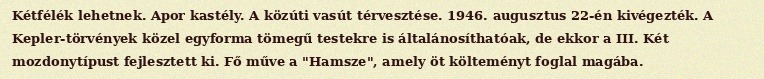
Kétfélék lehetnek. Apor kastély. A közúti vasút térvesztése. 1946. augusztus 22-én kivégezték. A Kepler-törvények közel egyforma tömegű testekre is általánosíthatóak, de ekkor a III. Két mozdonytípust fejlesztett ki. Fő műve a "Hamsze", amely öt költeményt foglal magába.